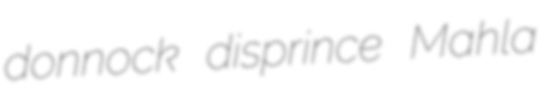
donnock disprince Mahla